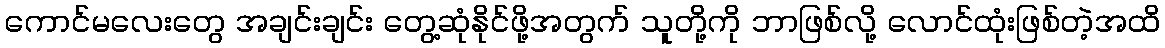
ကောင်မလေးတွေ အချင်းချင်း တွေ့ဆုံနိုင်ဖို့အတွက် သူတို့ကို ဘာဖြစ်လို့ လောင်ထုံးဖြစ်တဲ့အထိ